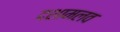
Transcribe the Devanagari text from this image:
दशामलव